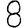
Digit: 8